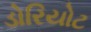
ડોરિયોટ